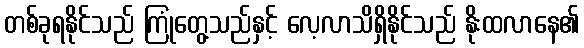
တစ်ခုရနိုင်သည် ကြုံတွေ့သည်နှင့် လေ့လာသိရှိနိုင်သည် နိုးထလာနေ၏